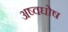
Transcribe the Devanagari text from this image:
अष्वघोष